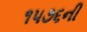
૧૫૭૬ની